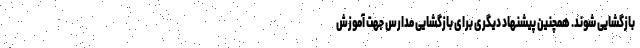
بازگشایی شوند. همچنین پیشنهاد دیگری برای بازگشایی مدارس جهت آموزش